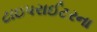
ટાઇપરાઈટરના